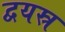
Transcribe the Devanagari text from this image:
द्वयस्र